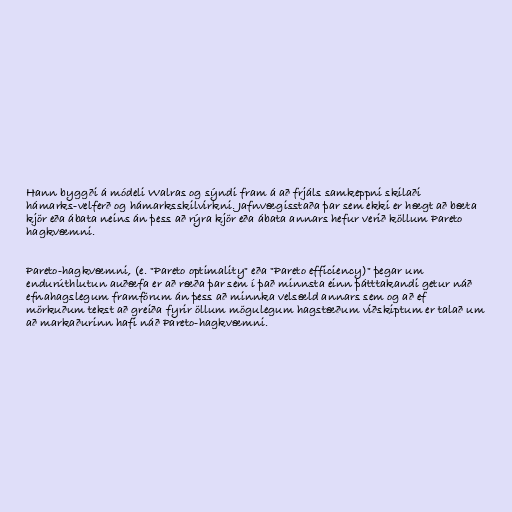
Hann byggði á módeli Walras og sýndi fram á að frjáls samkeppni skilaði
hámarks-velferð og hámarksskilvirkni. Jafnvægisstaða þar sem ekki er hægt að bæta
kjör eða ábata neins án þess að rýra kjör eða ábata annars hefur verið köllum Pareto
hagkvæmni.

Pareto-hagkvæmni, (e. "Pareto optimality" eða "Pareto efficiency)" þegar um
endurúthlutun auðæfa er að ræða þar sem í það minnsta einn þátttakandi getur náð
efnahagslegum framförum án þess að minnka velsæld annars sem og að ef
mörkuðum tekst að greiða fyrir öllum mögulegum hagstæðum viðskiptum er talað um
að markaðurinn hafi náð Pareto-hagkvæmni.